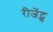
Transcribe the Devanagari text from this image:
रीजेंट्स